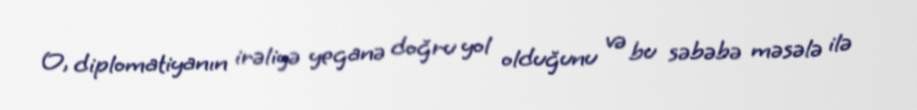
O, diplomatiyanın irəliyə yeganə doğru yol olduğunu və bu səbəbə məsələ ilə